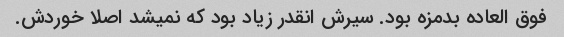
فوق العاده بدمزه بود. سیرش انقدر زیاد بود که نمیشد اصلا خوردش.